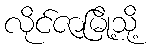
လိုင်ဇာမြို့သို့